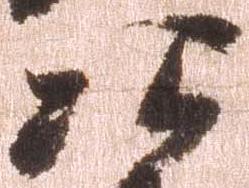
次